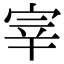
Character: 宰